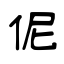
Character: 伲